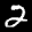
Label: 2